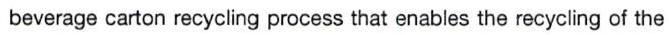
beverage carton recycling process that enables the recycling of the